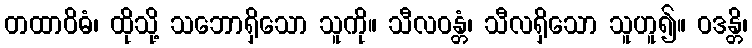
တထာဝိဓံ၊ ထိုသို့ သဘောရှိသော သူကို။ သီလဝန္တံ၊ သီလရှိသော သူဟူ၍။ ဝဒန္တိ၊